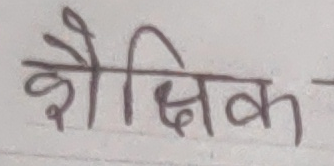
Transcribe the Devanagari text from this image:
शैक्षिक